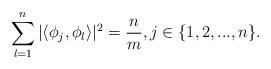
LaTeX: \begin{align*}\sum\limits_{l=1}^n | \langle \phi_j, \phi_l \rangle |^2 = \frac{n}{m}, j \in \{1,2,...,n \}.\end{align*}